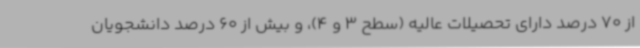
از 70 درصد دارای تحصیلات عالیه (سطح 3 و 4)، و بیش از 60 درصد دانشجویان